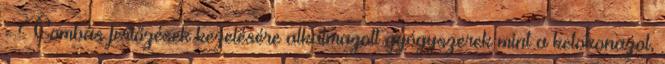
- Gombás fertőzések kezelésére alkalmazott gyógyszerek mint a ketokonazol,